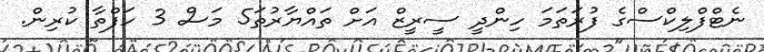
ނެޓްފްލިކްސްގެ ފުރަތަމަ ހިންދީ ސީރީޒް އަށް ތައްޔާރުތަ5 މަސް 3 ހަފްތާ ކުރިން.